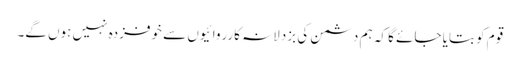
قوم کو بتایا جائے گا کہ ہم دشمن کی بزدلانہ کارروائیوں سے خوفزدہ نہیں ہوں گے۔